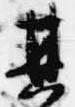
其